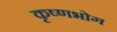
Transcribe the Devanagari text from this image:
कृष्णभोग